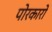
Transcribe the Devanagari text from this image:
पोरकारो